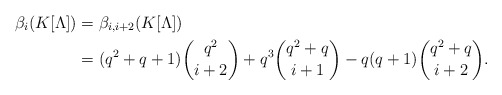
\begin{align*} \beta_{i} (K[\Lambda]) & = \beta_{i, i+2} (K[\Lambda]) \\ & = (q^2 + q +1) \binom{q^2}{i+2} + q^3 \binom{q^2 + q}{i+1} - q (q+1) \binom{q^2 + q}{i+2}. \end{align*}